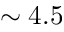
\sim 4 . 5